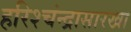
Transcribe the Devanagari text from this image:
हरिश्चंन्द्रासारखा